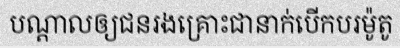
បណ្តាលឲ្យជនរងគ្រោះជានាក់បើកបរម៉ូតូ